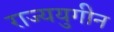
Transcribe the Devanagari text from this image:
राज्ययुगीन